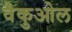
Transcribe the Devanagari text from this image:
वैकुओल